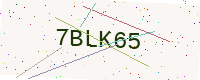
Text: 7BLK65